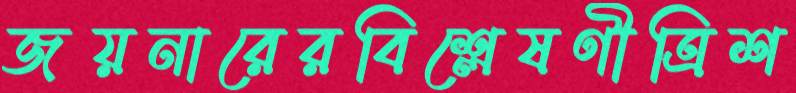
জয়নারেরবিশ্লেষণীত্রিশ